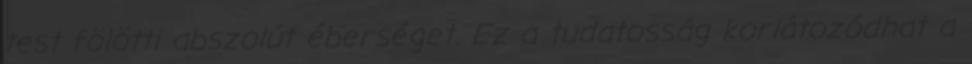
test fölötti abszolút éberséget. Ez a tudatosság korlátozódhat a